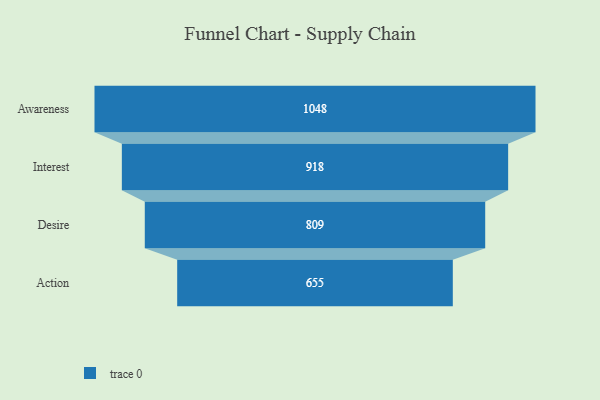
{"axis": {"x": "Stage", "y": "Value"}, "legend": [""], "data": [{"x": "Awareness", "y": 1048.0, "type": ""}, {"x": "Interest", "y": 918.0, "type": ""}, {"x": "Desire", "y": 809.0, "type": ""}, {"x": "Action", "y": 655.0, "type": ""}]}